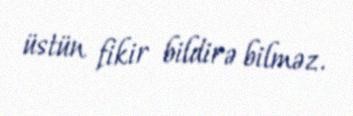
üstün fikir bildirə bilməz.